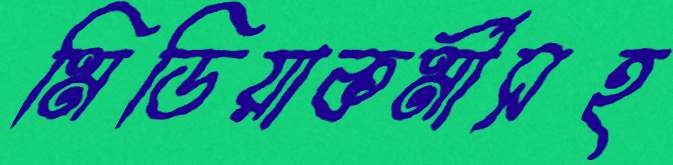
মিডিয়াকর্মীসহ